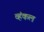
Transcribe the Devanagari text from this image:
व्हंकल